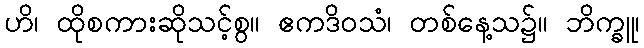
ဟိ၊ ထိုစကားဆိုသင့်စွ။ ဧကဒိဝသံ၊ တစ်နေ့သ၌။ ဘိက္ခူ၊